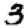
Digit: 3